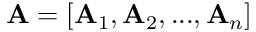
\mathbf { A } = [ \mathbf { A } _ { 1 } , \mathbf { A } _ { 2 } , . . . , \mathbf { A } _ { n } ]